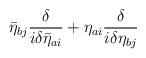
LaTeX: \begin{align*}\bar\eta_{bj} \frac{\delta}{i\delta \bar\eta_{ai} }+\eta_{ai} \frac{\delta}{i\delta \eta_{bj} }\end{align*}